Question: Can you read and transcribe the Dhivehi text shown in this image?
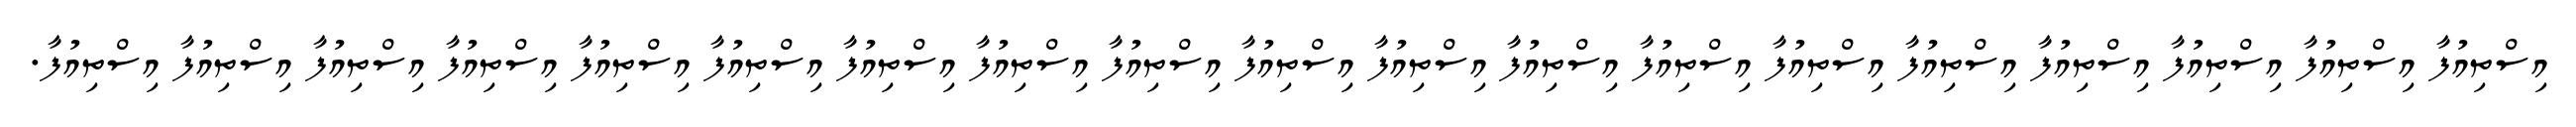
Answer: އިސްތިއުފާ އިސްތިއުފާ އިސްތިއުފާ އިސްތިއުފާ އިސްތިއުފާ އިސްތިއުފާ އިސްތިއުފާ އިސްތިއުފާ އިސްތިއުފާ އިސްތިއުފާ އިސްތިއުފާ އިސްތިއުފާ އިސްތިއުފާ އިސްތިއުފާ އިސްތިއުފާ އިސްތިއުފާ އިސްތިއުފާ އިސްތިއުފާ އިސްތިއުފާ.